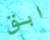
ابق